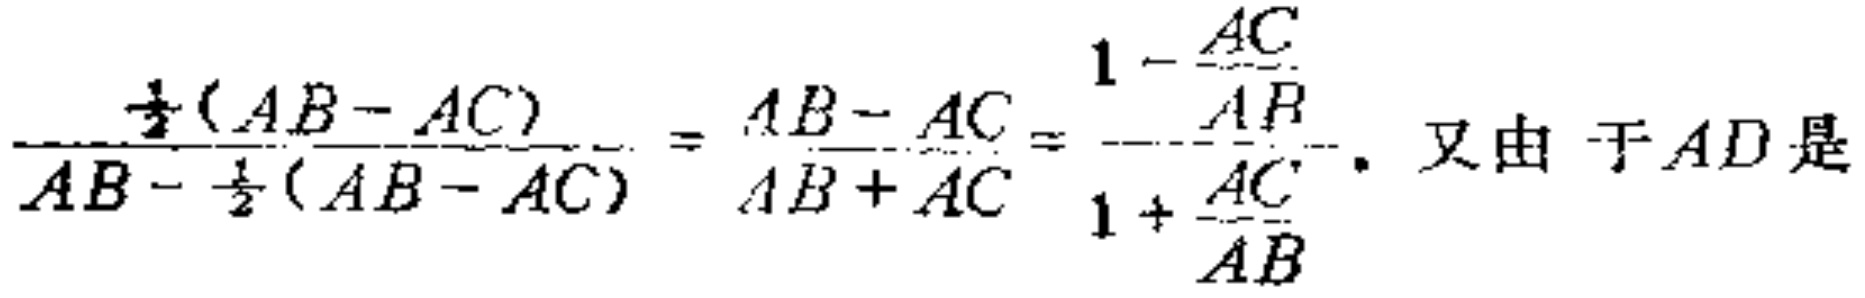
\(\frac{\frac{1}{2}(AB - AC)}{AB - \frac{1}{2}(AB - AC)}=\frac{AB - AC}{AB + AC}=\frac{1 - \frac{AC}{AB}}{1 + \frac{AC}{AB}}\). 又由于\(AD\)是